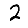
Digit: 2